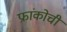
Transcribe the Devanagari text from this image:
फ्रांकोची